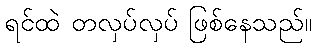
ရင်ထဲ တလှပ်လှပ် ဖြစ်နေသည်။